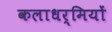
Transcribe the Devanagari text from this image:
कलाधर्मियों